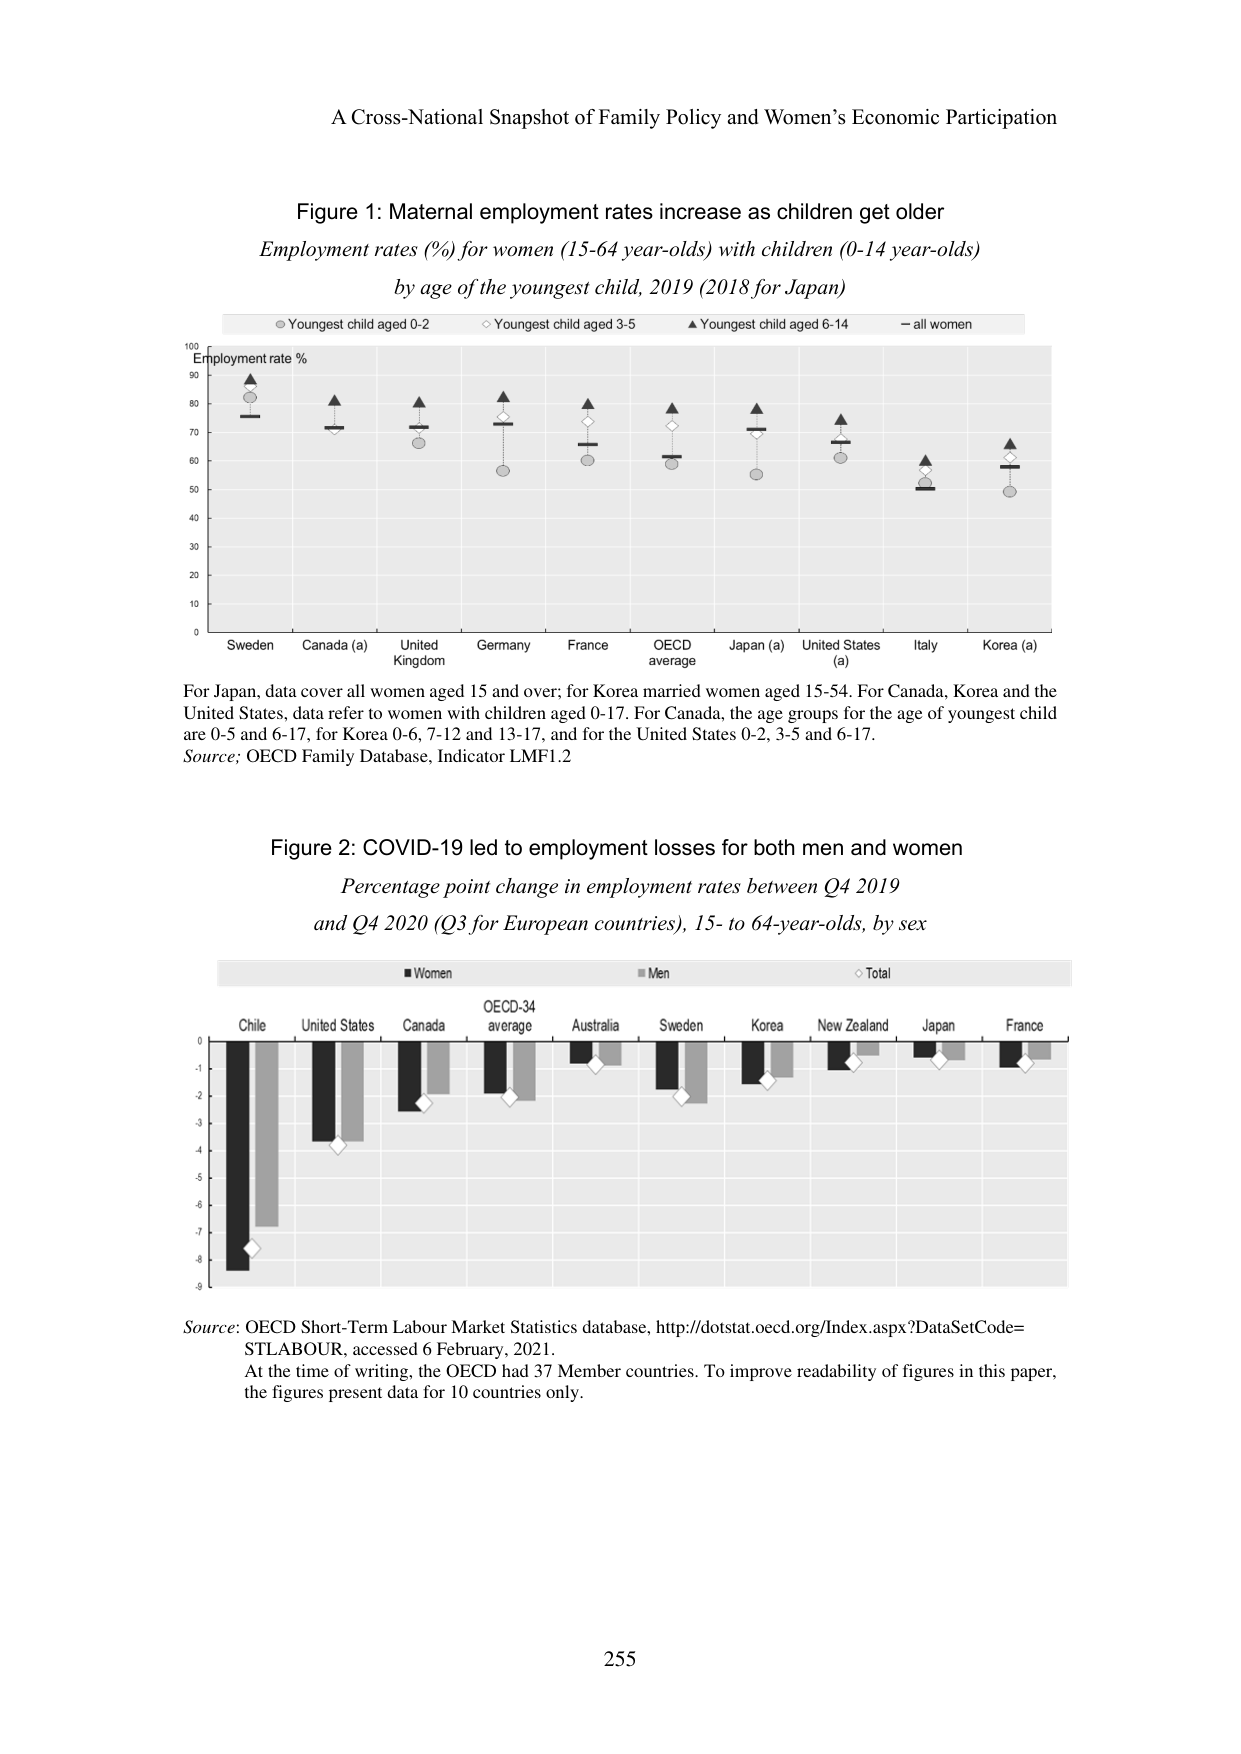
A Cross-National Snapshot of Family Policy and Women’s Economic Participation

Figure 1: Maternal employment rates increase as children get older
Employment rates (%) for women (15-64 year-olds) with children (0-14 year-olds)
by age of the youngest child, 2019 (2018 for Japan)

○ Youngest child aged 0-2
◇ Youngest child aged 3-5
▲ Youngest child aged 6-14
— all women

Employment rate %

Sweden Canada (a) United Kingdom Germany France OECD average Japan (a) United States (a) Italy Korea (a)

For Japan, data cover all women aged 15 and over; for Korea married women aged 15-54. For Canada, Korea and the United States, data refer to women with children aged 0-17. For Canada, the age groups for the age of youngest child are 0-5 and 6-17, for Korea 0-6, 7-12 and 13-17, and for the United States 0-2, 3-5 and 6-17.
Source: OECD Family Database, Indicator LMF1.2

Figure 2: COVID-19 led to employment losses for both men and women
Percentage point change in employment rates between Q4 2019
and Q4 2020 (Q3 for European countries), 15- to 64-year-olds, by sex

■ Women
■ Men
◇ Total

Chile United States Canada OECD-34 average Australia Sweden Korea New Zealand Japan France

Source: OECD Short-Term Labour Market Statistics database, http://dotstat.oecd.org/Index.aspx?DataSetCode=STLABOUR, accessed 6 February, 2021.
At the time of writing, the OECD had 37 Member countries. To improve readability of figures in this paper, the figures present data for 10 countries only.

255